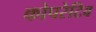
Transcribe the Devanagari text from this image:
कोपरेटिव